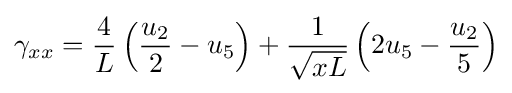
\gamma _{xx}={\frac {4}{L}}\left({\frac {u_{2}}{2}}-u_{5}\right)+{\frac {1}{\sqrt {xL}}}\left(2u_{5}-{\frac {u_{2}}{5}}\right)